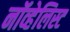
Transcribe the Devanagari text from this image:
नॉव्हेलिस्ट